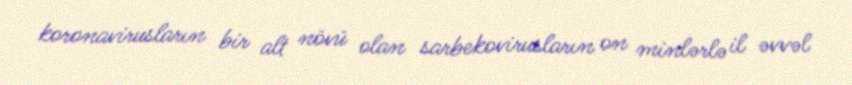
koronavirusların bir alt növü olan sarbekovirusların on minlərlə il əvvəl